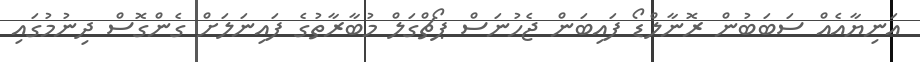
އަނިޔާއެއް ސަބަބުން ރޮނާލްޑޯ ފައިބަން ޖެހުނަސް ޕޯޗްގަލް މުބާރާތުގެ ފައިނަލަށް ގެންގޮސް ދިނުމުގައި